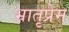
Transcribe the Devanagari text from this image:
भ्रातृप्रेम